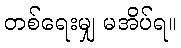
တစ်ရေးမျှ မအိပ်ရ။